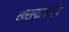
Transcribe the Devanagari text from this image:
शासनप्रबंधीय